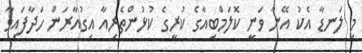
މި ލަނޑާ އެކު އޭނާ ވަނީ ކޮލަމްބިއާގެ ކުރީގެ ކުޅުންތެރިއާ އިގުއާރަން ހަދާފައިވާ